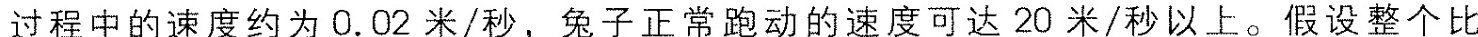
过程中的速度约为0.02米/秒，兔子正常跑动的速度可达20米/秒以上。假设整个比